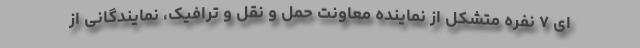
ای ٧ نفره متشکل از نماینده معاونت حمل و نقل و ترافیک، نمایندگانی از